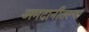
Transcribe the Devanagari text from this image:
अमदानीतल्या